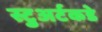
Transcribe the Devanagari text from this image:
स्टुअर्टकडे